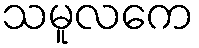
သမူလကေ